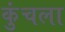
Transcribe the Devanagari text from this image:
कुंचला